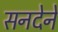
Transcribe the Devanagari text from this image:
सनदेने